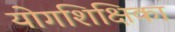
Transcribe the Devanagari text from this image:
योगशिक्षिका